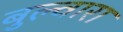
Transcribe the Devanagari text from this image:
बुल्वारा